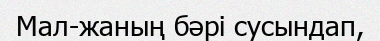
Мал-жаның бәрі сусындап,